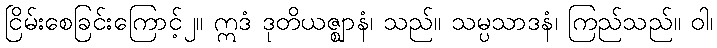
ငြိမ်းစေခြင်းကြောင့်၂။ ဣဒံ ဒုတိယဇ္ဈာနံ၊ သည်။ သမ္ပသာဒနံ၊ ကြည်သည်။ ဝါ၊